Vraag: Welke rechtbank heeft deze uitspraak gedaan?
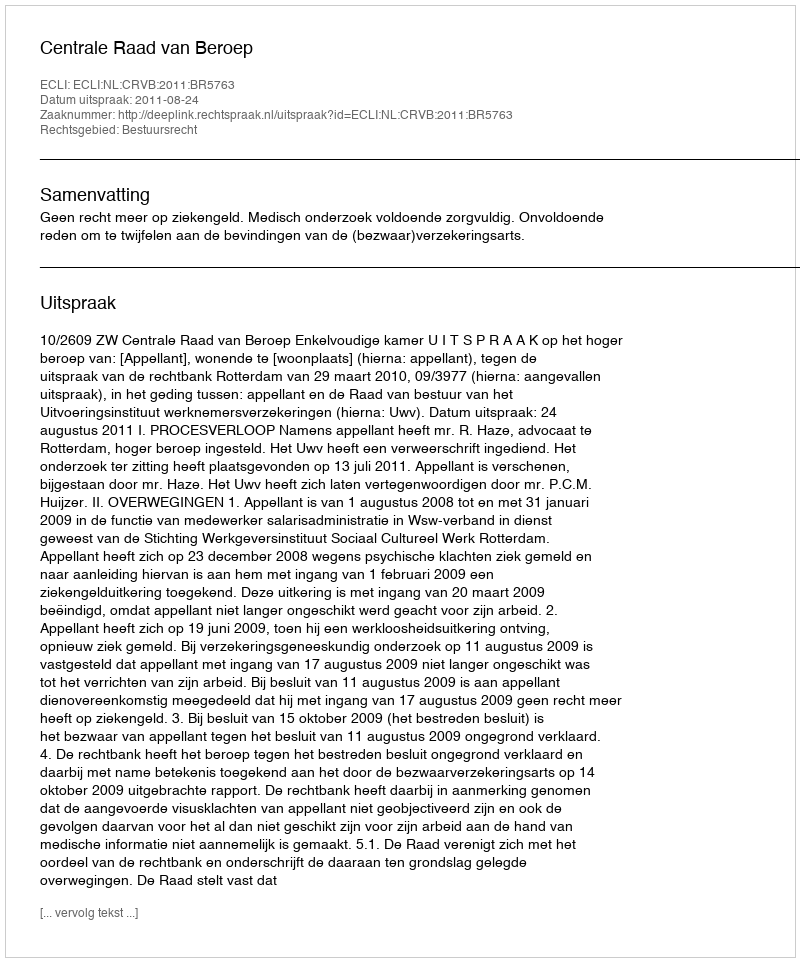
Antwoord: Centrale Raad van Beroep